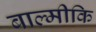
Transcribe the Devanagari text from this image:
बाल्‍मीकि